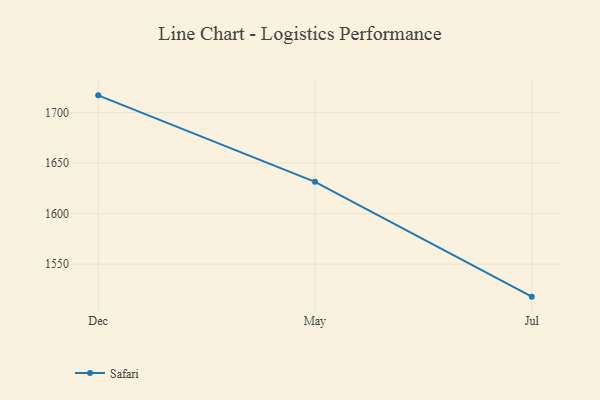
{"axis": {"x": "Month", "y": "Page Views"}, "legend": ["Safari"], "data": [{"x": "Dec", "y": 1717.1, "type": "Safari"}, {"x": "May", "y": 1631.5, "type": "Safari"}, {"x": "Jul", "y": 1517.8, "type": "Safari"}]}